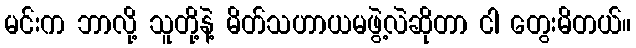
မင်းက ဘာလို့ သူတို့နဲ့ မိတ်သဟာယမဖွဲ့လဲဆိုတာ ငါ တွေးမိတယ်။